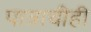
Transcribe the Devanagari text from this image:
पात्राचीही